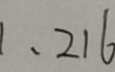
1 , 2 1 6